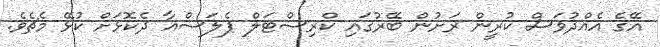
އޭގެ އެއްދުވަސް ކުރީން ރަށުން ބޭރުގައި ކްރިސްޓަލް ޕެލަސްއާ ދެކޮޅަށް ކުޅޭ މެޗެވެ.